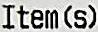
ITEM(S)